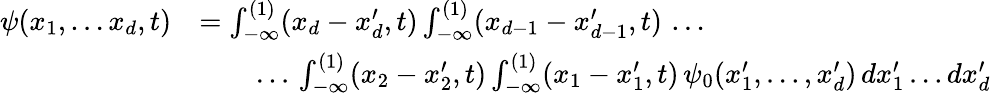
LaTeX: \begin{array}{rl}{\psi(x_{1},\dots x_{d},t)}&{=\int_{-\infty}^{(1)}(x_{d}-x_{d}^{\prime},t)\int_{-\infty}^{(1)}(x_{d-1}-x_{d-1}^{\prime},t)\, \dots}\\ &{\qquad\dots\, \int_{-\infty}^{(1)}(x_{2}-x_{2}^{\prime},t)\int_{-\infty}^{(1)}(x_{1}-x_{1}^{\prime},t)\, \psi_{0}(x_{1}^{\prime},\dots,x_{d}^{\prime})\, dx_{1}^{\prime}\dots dx_{d}^{\prime}}\end{array}